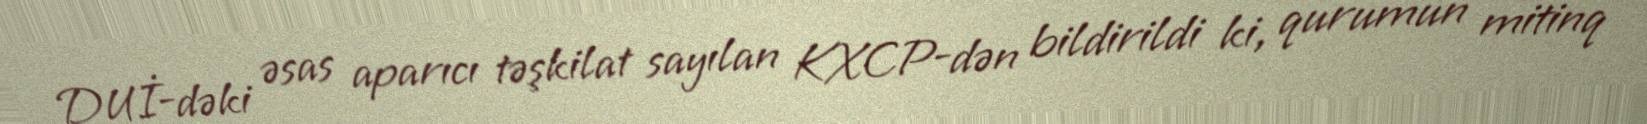
DUİ-dəki əsas aparıcı təşkilat sayılan KXCP-dən bildirildi ki, qurumun mitinq